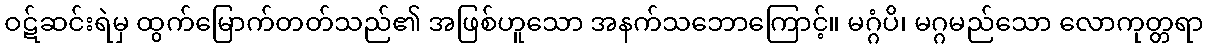
ဝဋ်ဆင်းရဲမှ ထွက်မြောက်တတ်သည်၏ အဖြစ်ဟူသော အနက်သဘောကြောင့်။ မဂ္ဂံပိ၊ မဂ္ဂမည်သော လောကုတ္တရာ